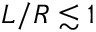
L / R \lesssim 1